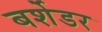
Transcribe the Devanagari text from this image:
बर्शेडर